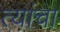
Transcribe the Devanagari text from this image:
त्यांंचा